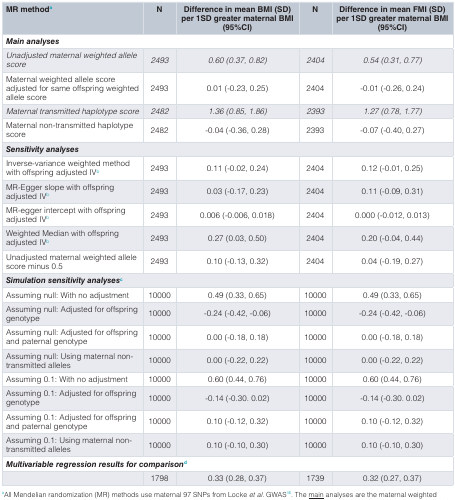
<table><thead><tr><td><b>MR methoda</b></td><td><b>N</b></td><td><b>Difference in mean BMI (SD)per 1SD greater maternal BMI(95%CI)</b></td><td><b>N</b></td><td><b>Difference in mean FMI (SD)per 1SD greater maternal BMI(95%CI)</b></td></tr></thead><tbody><tr><td colspan="5"><b><i>Main analyses</i></b></td></tr><tr><td><i>Unadjusted maternal weighted allele</i><i>score</i></td><td><i>2493</i></td><td><i>0.60 (0.37, 0.82)</i></td><td><i>2404</i></td><td><i>0.54 (0.31, 0.77)</i></td></tr><tr><td>Maternal weighted allele scoreadjusted for same offspring weightedallele score</td><td>2493</td><td>0.01 (-0.23, 0.25)</td><td>2404</td><td>-0.01 (-0.26, 0.24)</td></tr><tr><td><i>Maternal transmitted haplotype score</i></td><td><i>2482</i></td><td><i>1.36 (0.85, 1.86)</i></td><td><i>2393</i></td><td><i>1.27 (0.78, 1.77)</i></td></tr><tr><td>Maternal non-transmitted haplotypescore</td><td>2482</td><td>-0.04 (-0.36, 0.28)</td><td>2393</td><td>-0.07 (-0.40, 0.27)</td></tr><tr><td colspan="5"><b><i>Sensitivity analyses</i></b></td></tr><tr><td>Inverse-variance weighted methodwith offspring adjusted IVb</td><td>2493</td><td>0.11 (-0.02, 0.24) </td><td>2404</td><td>0.12 (-0.01, 0.25)</td></tr><tr><td>MR-Egger slope with offspringadjusted IVb</td><td>2493</td><td>0.03 (-0.17, 0.23)</td><td>2404</td><td>0.11 (-0.09, 0.31)</td></tr><tr><td>MR-egger intercept with offspringadjusted IVb</td><td>2493</td><td>0.006 (-0.006, 0.018)</td><td>2404</td><td>0.000 (-0.012, 0.013)</td></tr><tr><td>Weighted Median with offspringadjusted IVb</td><td>2493</td><td>0.27 (0.03, 0.50)</td><td>2404</td><td>0.20 (-0.04, 0.44)</td></tr><tr><td>Unadjusted maternal weighted allelescore minus 0.5</td><td>2493</td><td>0.10 (-0.13, 0.32)</td><td>2404</td><td>0.04 (-0.19, 0.27)</td></tr><tr><td colspan="5"><b><i>Simulation sensitivity analyses</i>c</b></td></tr><tr><td>Assuming null: With no adjustment</td><td>10000</td><td>0.49 (0.33, 0.65)</td><td>10000</td><td>0.49 (0.33, 0.65)</td></tr><tr><td>Assuming null: Adjusted for offspringgenotype</td><td>10000</td><td>-0.24 (-0.42, -0.06)</td><td>10000</td><td>-0.24 (-0.42, -0.06)</td></tr><tr><td>Assuming null: Adjusted for offspringand paternal genotype</td><td>10000</td><td>0.00 (-0.18, 0.18)</td><td>10000</td><td>0.00 (-0.18, 0.18)</td></tr><tr><td>Assuming null: Using maternal non-transmitted alleles</td><td>10000</td><td>0.00 (-0.22, 0.22)</td><td>10000</td><td>0.00 (-0.22, 0.22)</td></tr><tr><td>Assuming 0.1: With no adjustment</td><td>10000</td><td>0.60 (0.44, 0.76)</td><td>10000</td><td>0.60 (0.44, 0.76)</td></tr><tr><td>Assuming 0.1: Adjusted for offspringgenotype</td><td>10000</td><td>-0.14 (-0.30. 0.02)</td><td>10000</td><td>-0.14 (-0.30. 0.02)</td></tr><tr><td>Assuming 0.1: Adjusted for offspringand paternal genotype</td><td>10000</td><td>0.10 (-0.12, 0.32)</td><td>10000</td><td>0.10 (-0.12, 0.32)</td></tr><tr><td>Assuming 0.1: Using maternal non-transmitted alleles</td><td>10000</td><td>0.10 (-0.10, 0.30)</td><td>10000</td><td>0.10 (-0.10, 0.30)</td></tr><tr><td colspan="5"><b><i>Multivariable regression results for comparison</i>d</b></td></tr><tr><td></td><td>1798</td><td>0.33 (0.28, 0.37)</td><td>1739</td><td>0.32 (0.27, 0.37)</td></tr></tbody></table>